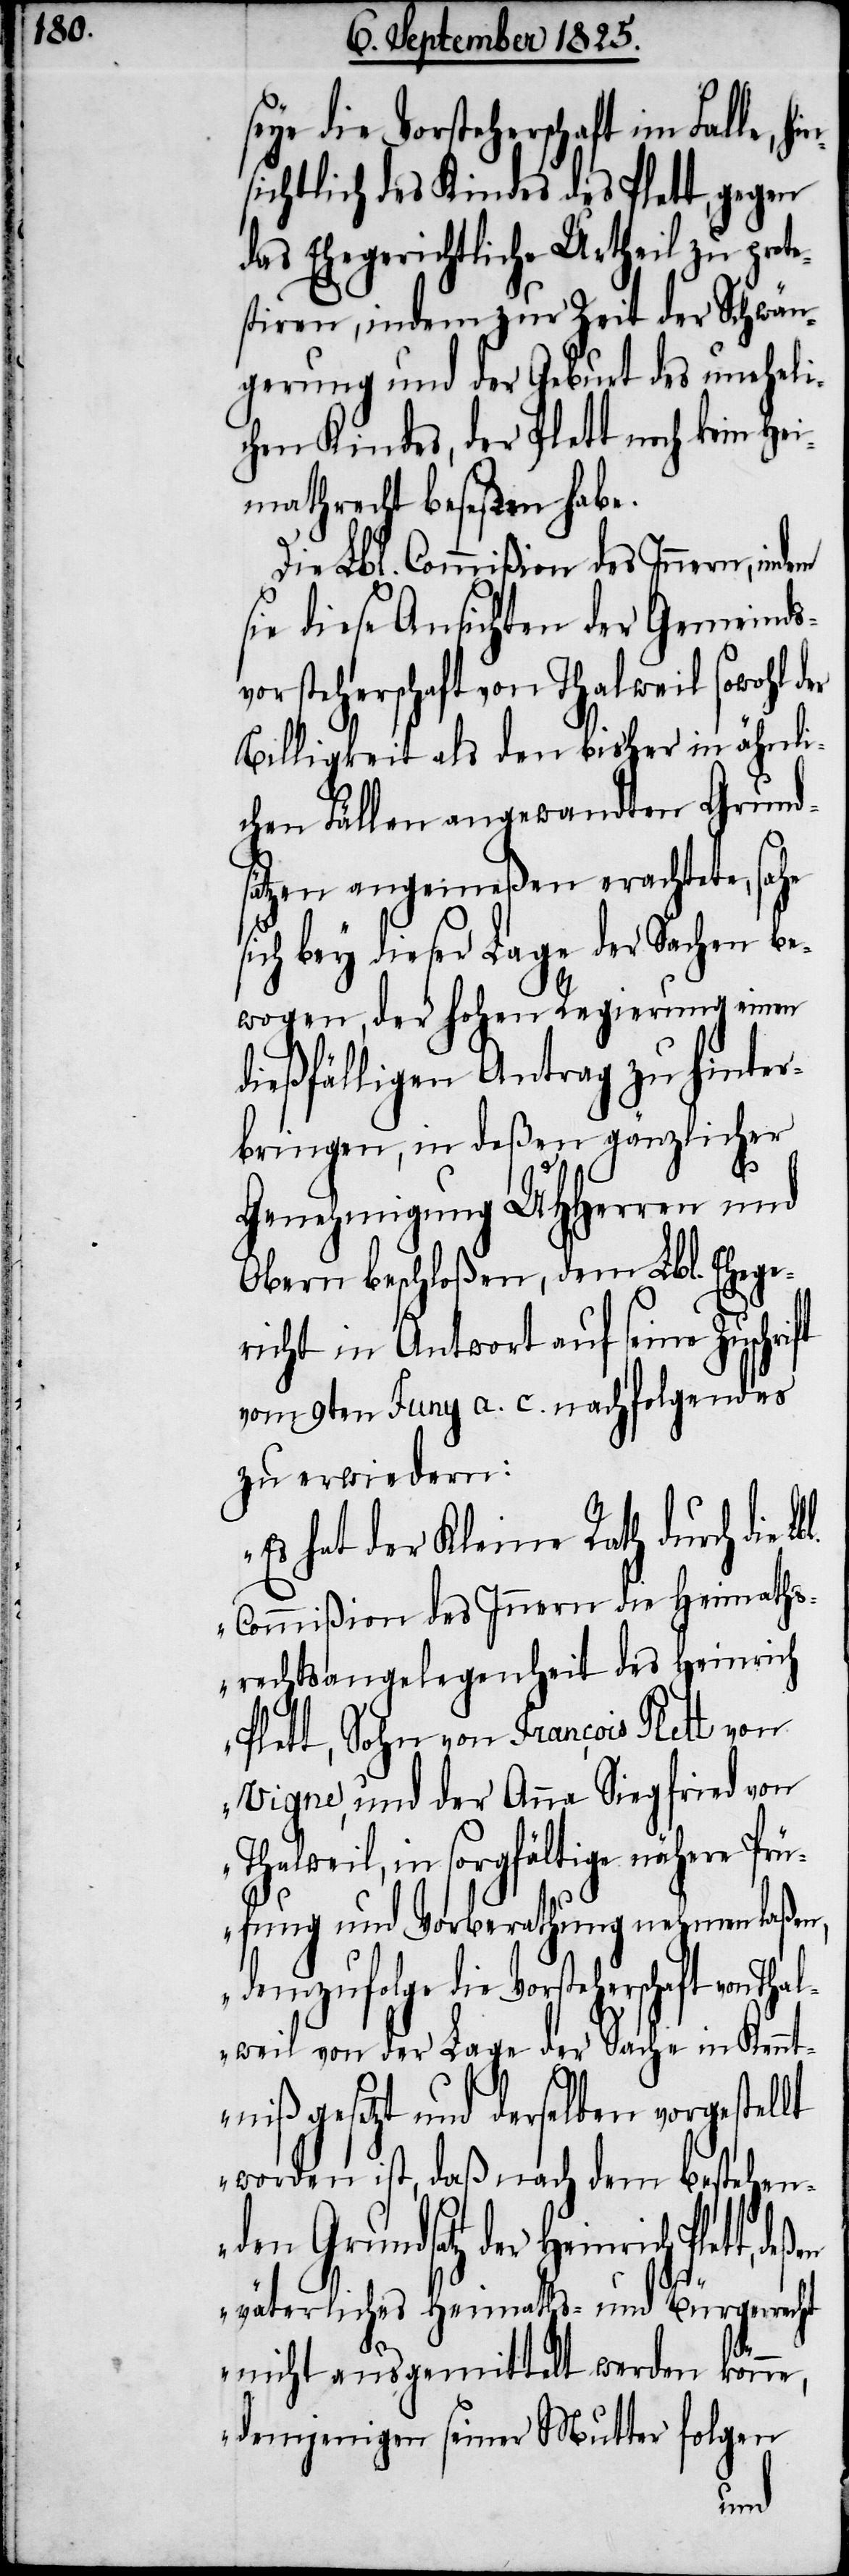
eye die Vorsteherschaft im Falle, h¬
sichtlich des Kindes des Plett, gegen
as Ehegerichtliche Urtheil zu pro¬
stiren, indem zur Zeit der Schwän¬
gerung und der Geburt des uneheli¬
chen Kindes, der Plett noch kein
imathrecht besessen habe.
Die Lbl. Commißion des Innern, ind¬
sie diese Ansichten der Gemeind¬
vorsteherschaft von Thalweil sowohl d¬
Billigheit als den bisher in ähnl¬
ichen Fällen angewandten Grund¬
sätzen angemeßen erachtete, se¬
ich bey dieser Lage der Sachen be¬
wogen, der hohen Regierung einen
dießfälligen Antrag zu hinter¬
bringen, in deßen gänzlicher
Genehmigung UHHerren und
Obern beschloßen, dem Lbl. Ehege¬
richt in Antwort auf seine Zusch¬
vom 9ten Juny a. c. nachfolgendes
zu erwiedern:
s hat der Kleine Rath durch die
Commißion des Innern die Heimaths¬
rechtsangelegenheit des Heinrich
Plett, Sohn von Francois Plett von
Vigne, und der Anna Siegfried von
halweil, in sorgfältige nähere P¬
rüfung und Vorberathung nehmen laßen,
denzufolge die Vorsteherscha¬
lweil von der Lage der Sache in Kennt¬
niß gesetzt und derselben vorgestellt
worden ist, daß nach dem bestehen¬
den Grundsatz der Heinrich Plett,
ft
väterliches Heimaths- und Bürgerrecht
he
nicht ausgemittelt werden könne,
denjenigen seiner Mutter folgen
Tha¬